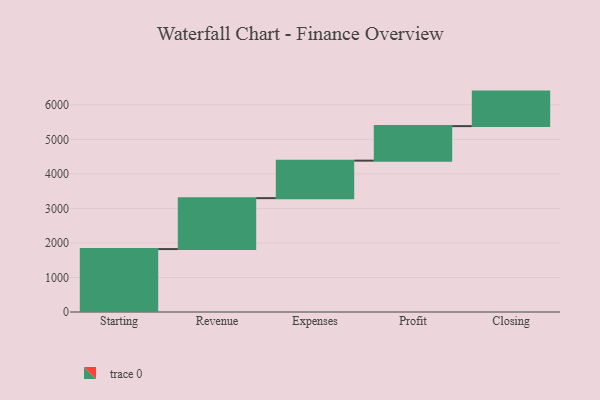
{"axis": {"x": "Step", "y": "Value"}, "legend": [""], "data": [{"x": "Starting", "y": 1823.0, "type": ""}, {"x": "Revenue", "y": 1475.0, "type": ""}, {"x": "Expenses", "y": 1086.0, "type": ""}, {"x": "Profit", "y": 1000, "type": ""}, {"x": "Closing", "y": 1000, "type": ""}]}